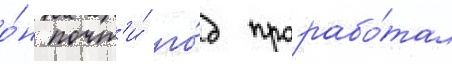
о́н почт'и́ го́д прорабо́тал